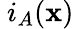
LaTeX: \ i_{A}(\mathbf{x})